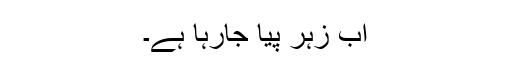
اب زہر پیا جارہا ہے۔